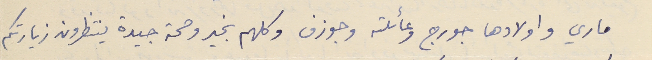
ماري واولادها جورج وعائلته وجوزف وكلهم بخير وصحة جيدة ينتظرون زيارتكم